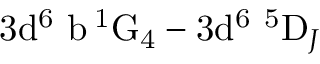
\mathrm { 3 d ^ { 6 } \ b \, ^ { 1 } G _ { 4 } } - \mathrm { 3 d ^ { 6 } \ ^ { 5 } D } _ { J }